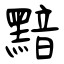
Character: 黯